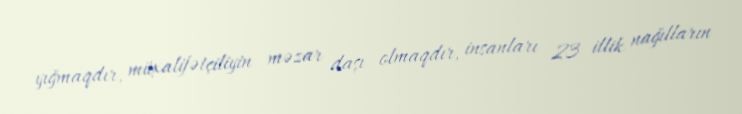
yığmaqdır, müxalifətçiliyin məzar daşı olmaqdır, insanları 23 illik nağılların